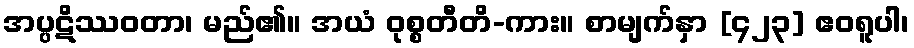
အပ္ပဋိဿဝတာ၊ မည်၏။ အယံ ဝုစ္စတီတိ-ကား။ စာမျက်နှာ [၄၂၃] ဧဝရူပါ၊